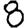
Digit: 8